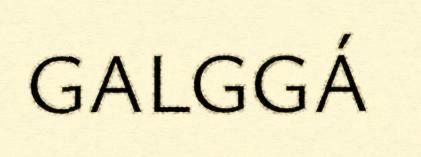
GALGGÁ